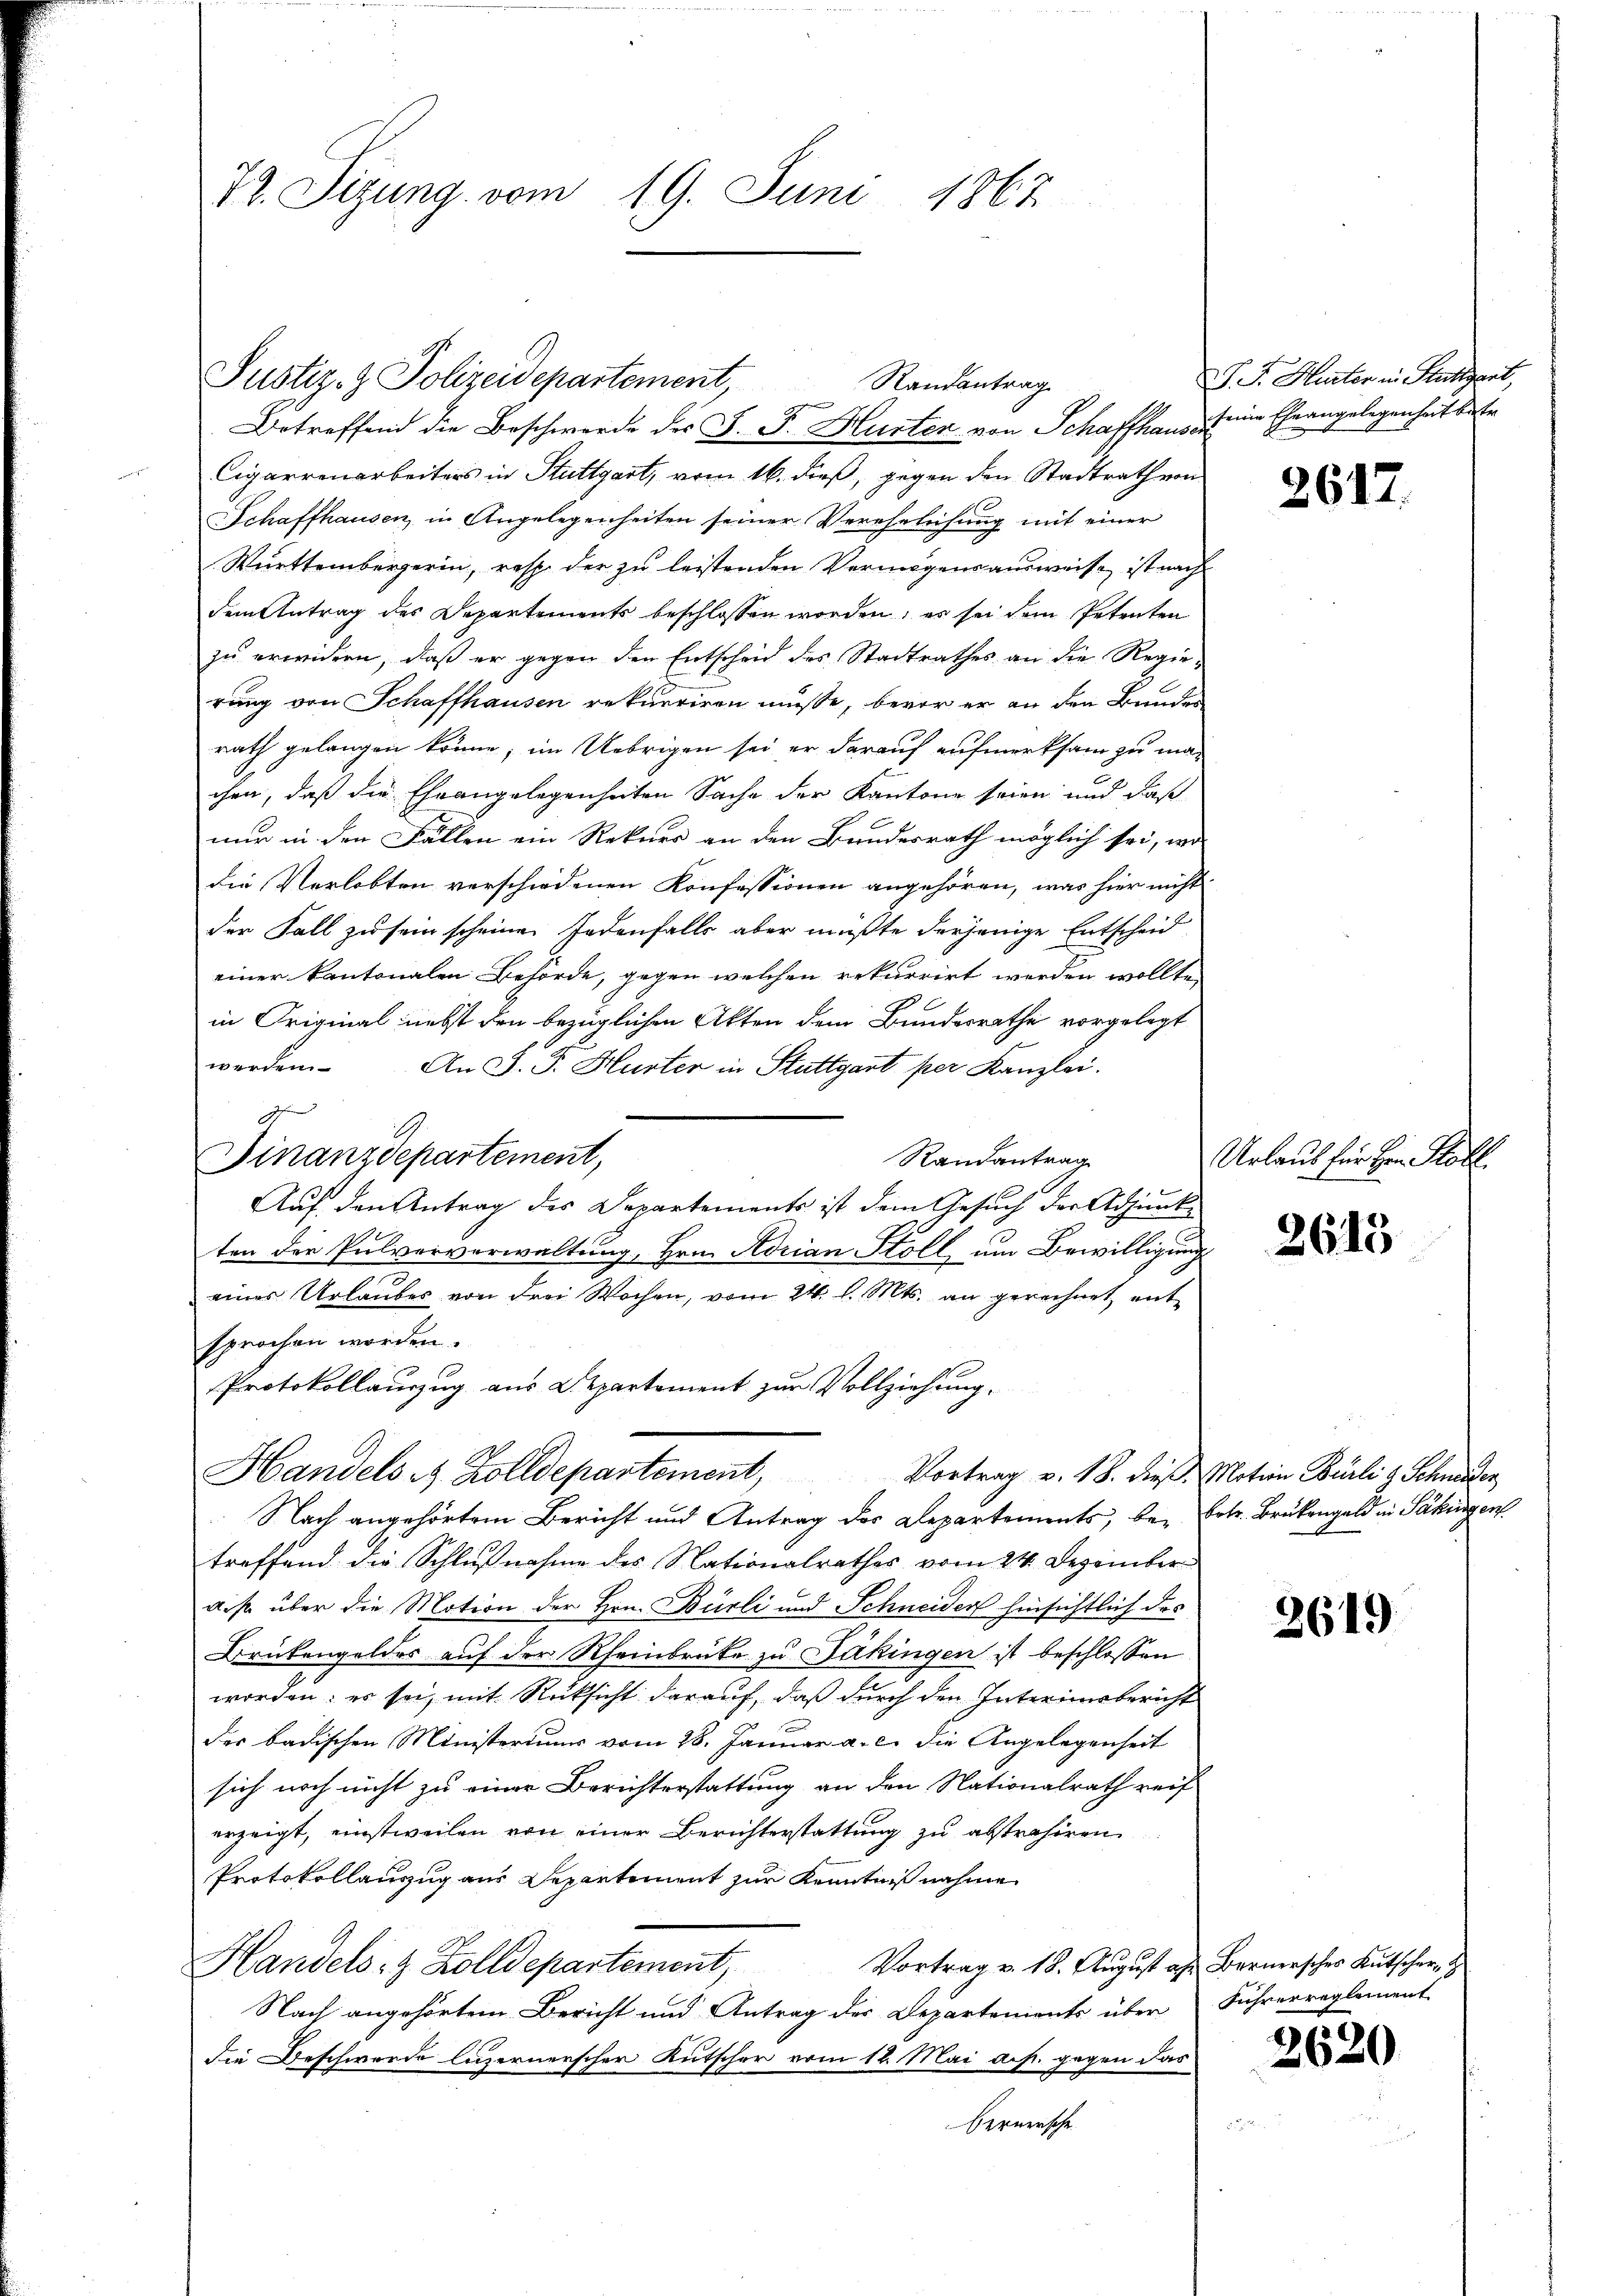
72. Sizung vom 19. Juni 1867

Justiz- & Polizeidepartement,
g
Betreffend die Beschwerde des J. J. Hurter von Schaffhausei
Cigarrenarbeiters in Stuttgart, vom 16. dieß, gegen den Stadtrath von

Schaffhausen, in Angelegenheiten seiner Verehelichung mit einer
Württembergerin, resp. der zu leistenden Vermögensausweise, ist nach
dem Antrag des Departements beschlossen worden, es sei dem Petenten
zu erwidern, daß er gegen den Entscheid des Stadtrathes an die Regierung von Schaffhausen rekurriren müsse, bevor er an den Bundes
rath gelangen könne; im Uebrigen sei er darauf aufmerksam zu machen, daß die Eheangelegenheiten Sache der Kantone seien und daß
nur in den Fällen ein Rekurs an den Bundesrath möglich sei, wo
die Verlobten verschiedenen Konfessionen angehören, was hier nicht
der Fall zu sein scheinen Jedenfalls aber mußte derjenige Entscheid
einer kantonalen Behörde, gegen welchen rekurrirt werden wollte,
in Original nebst den bezüglichen Akten dem Bundesrathe vorgelegt
werden. An J. J. Hurter in Stuttgart per Kanzlei.
Finanzdepartement,
Randantrag
Aŭf den Antrag des Departements ist dem Gesŭch der Adjunke
ten der Pulververwaltung, Hrn. Norian Stoll um Bewilligung
eines Urlaubes von drei Wochen, vom 24. d. Mts. an gerechnet ent
sprochen worden.
Protokollauszug aus Departement zur Vollziehung.
Handels- & Zolldepartement,
Vortrag v. 18. dieß, Motion Burli & Schneiden
Nach angehörtem Bericht und Antrag des Departements, bei betr. Brükengeld in Säkingen
treffend die Schlußnahme des Nationalrathes vom 24. Dezember
diß über die Motion der Hrn. Bürli und Schneiden hinsichtlich das
Brükengeldes auf der Rheinbrüke zu Säkingen ist beschlossen
worden: es sei, mit Rücksicht darauf, daß durch den Interinsbericht
der badischen Ministeriums vom 28. Januar a. c. die Angelegenheit
sich noch nicht zu einer Berichterstattung an den Nationalrath reif
erzeigt, einstweilen von einer Berichterstattung zu abstrahiren
Protokollanzug aus Departement zur Kenntniß nahme
Vortrag v. 18. August als Bernersches Kutscher
Handels- & Zolldepartement,
Nach angehörtem Bericht und Antrag der Departements über Führerreglement
die Beschwerde luzernerscher Kutscher vom 12. Mai a.h. gegen das
Bernersche

g

Randantrag

P. F. Hinter in Kuttert,
keine Eheangelegenheit beste

2612.

Urlauf für Hrn. Probl

2613

2619

2620